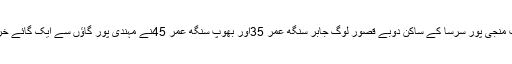
یہ واقعہ اس وقت پیش آیا جب منجی پور سرسا کے ساکن دوبے قصور لوگ جابر سنگھ عمر 35اور بھوپ سنگھ عمر 45نے مہندی پور گاؤں سے ایک گائے خرید کر واپس لوٹ رہے تھے۔